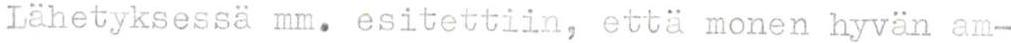
Lähetyksessa mm. esitettiin, että monen hyvän am-